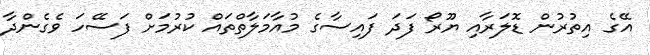
އޭގެ އިތުރުން ޑޮލަރާއި ޔޫރޯ ފަދަ ފައިސާގެ މުއާމަލާތްތައް ކުރުމަށް ފަސޭހަ ވެގެންދާ